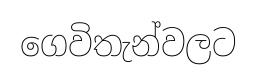
ගෙවිතැන්වලට